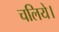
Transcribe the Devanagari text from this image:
चलिये।